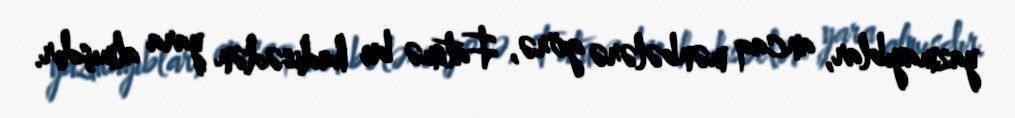
yazmayıblar, ancaq mənbələrə görə, Fatimə bu hadisədən yara almışdır.